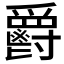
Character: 𲌥